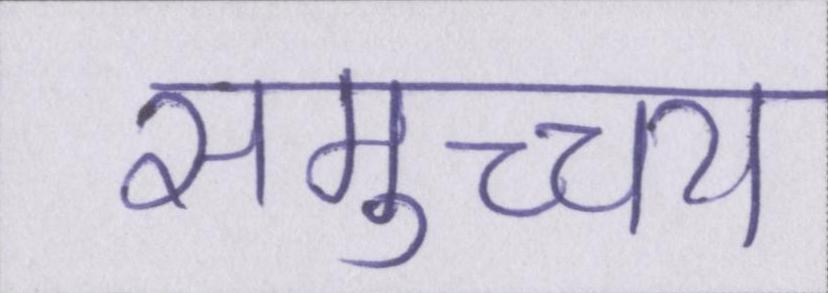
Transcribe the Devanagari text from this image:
समुच्च्य